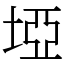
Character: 埡